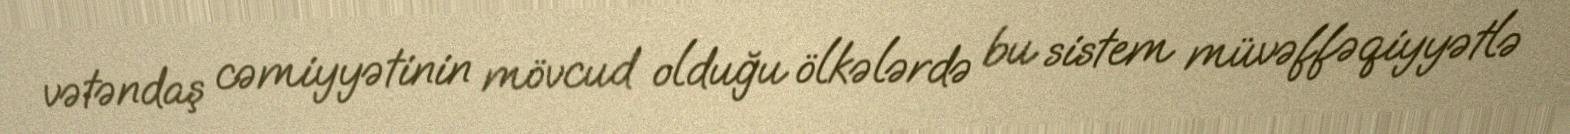
vətəndaş cəmiyyətinin mövcud olduğu ölkələrdə bu sistem müvəffəqiyyətlə